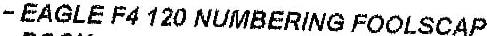
- EAGLE F4 120 NUMBERING FOOLSCAP